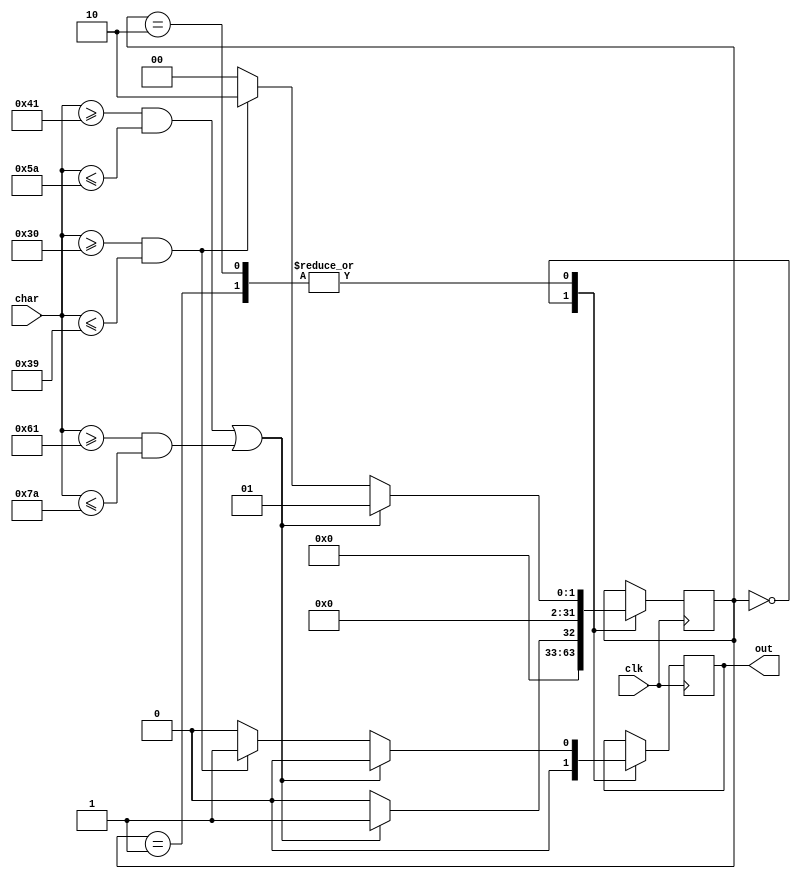
`timescale 1ns / 1ps
//////////////////////////////////////////////////////////////////////////////////
module id_fsm(
    input [7:0] char,
    input clk,
    output reg out = 0
    );
	 
	 integer state = 0;
	 /*state,*/
	 
	 always @(posedge clk) 
	 begin
		case (state)
		0:
			begin
				if((char>=65&&char<=90)||(char>=97&&char<=122))
				begin
				   state<=1;
					out<=0;
            end				
				
				else
				begin
				   state<=0;
					out<=0;
            end						
			end
		1:
			begin
				if((char>=65&&char<=90)||(char>=97&&char<=122))
				begin
				   state<=1;
					out<=0;
				end
				
				else if(char>=48&&char<=57)
				begin
				   state<=2;
					out<=1;
				end
				
				else
				begin
				   state<=0;
				   out<=0;
				end
			end	
		2:
			begin
				if((char>=65&&char<=90)||(char>=97&&char<=122))
				begin
				   state<=1;
					out<=0;
				end
				
				else if(char>=48&&char<=57)
				begin
				   state<=2;
					out<=1;
				end
				
				else
				begin
				   state<=0;
				   out<=0;
				end
			end		
			
		endcase
	 end

endmodule